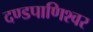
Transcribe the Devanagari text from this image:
दण्‍डपाणिश्‍वर